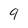
Character: 9